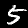
Digit: 5